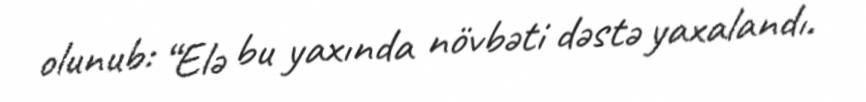
olunub: “Elə bu yaxında növbəti dəstə yaxalandı.